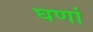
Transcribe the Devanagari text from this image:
घणां